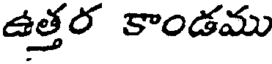
ఉత్తర కాండము